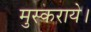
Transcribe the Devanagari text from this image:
मुस्कराये।